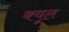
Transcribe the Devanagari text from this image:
क्यूल